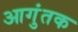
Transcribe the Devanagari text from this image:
आगुंतक